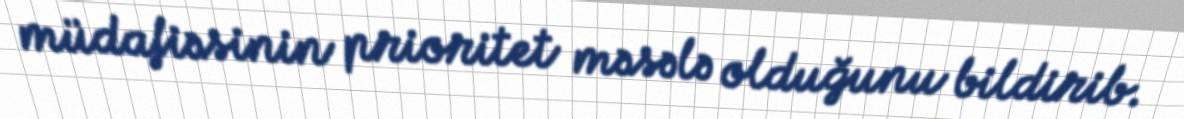
müdafiəsinin prioritet məsələ olduğunu bildirib.